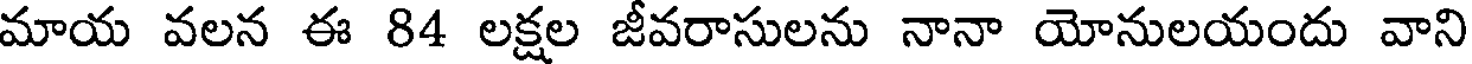
మాయ వలన ఈ 84 లక్షల జీవరాసులను నానా యోనులయందు వాని